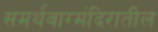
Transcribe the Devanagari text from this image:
समर्थवाग्मंदिरातील